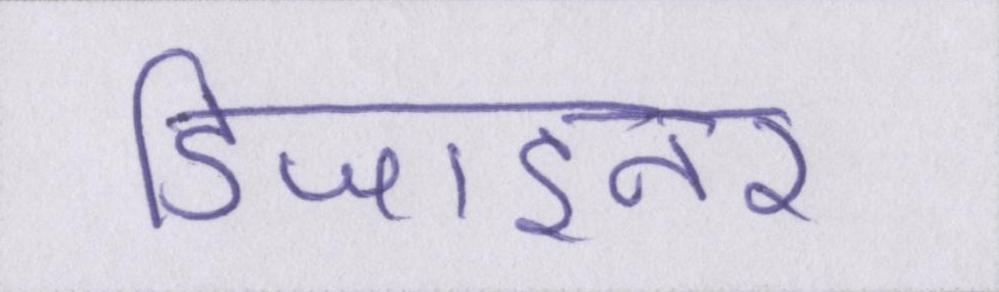
डिजाइनर